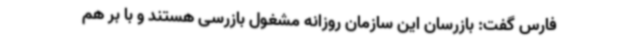
فارس گفت: بازرسان این سازمان روزانه مشغول بازرسی هستند و با بر هم